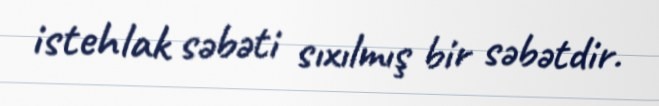
istehlak səbəti sıxılmış bir səbətdir.